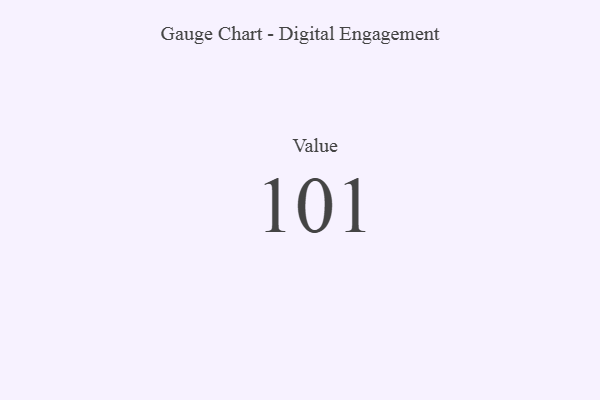
{"axis": {"x": "Metric", "y": "Value"}, "legend": [""], "data": [{"x": "Value", "y": 101, "type": ""}]}